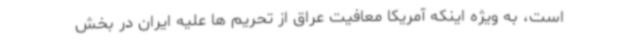
است، به ویژه اینکه آمریکا معافیت عراق از تحریم ها علیه ایران در بخش